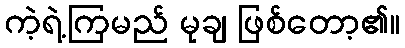
ကဲ့ရဲ့ကြမည် မုချ ဖြစ်တော့၏။